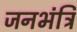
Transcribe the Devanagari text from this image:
जनभंत्रि